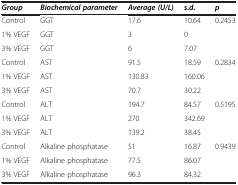
<table><thead><tr><td><b><i>Group</i></b></td><td><b><i>Biochemical parameter</i></b></td><td><b><i>Average (U/L)</i></b></td><td><b><i>s.d.</i></b></td><td><b><i>p</i></b></td></tr></thead><tbody><tr><td>Control</td><td>GGT</td><td>17.6</td><td>10.64</td><td>0.2453</td></tr><tr><td>1% VEGF</td><td>GGT</td><td>3</td><td>0</td><td> </td></tr><tr><td>3% VEGF</td><td>GGT</td><td>6</td><td>7.07</td><td> </td></tr><tr><td>Control</td><td>AST</td><td>91.5</td><td>18.59</td><td>0.2834</td></tr><tr><td>1% VEGF</td><td>AST</td><td>130.83</td><td>160.06</td><td> </td></tr><tr><td>3% VEGF</td><td>AST</td><td>70.7</td><td>30.22</td><td> </td></tr><tr><td>Control</td><td>ALT</td><td>194.7</td><td>84.57</td><td>0.5195</td></tr><tr><td>1% VEGF</td><td>ALT</td><td>270</td><td>342.69</td><td> </td></tr><tr><td>3% VEGF</td><td>ALT</td><td>139.2</td><td>38.45</td><td> </td></tr><tr><td>Control</td><td>Alkaline phosphatase</td><td>51</td><td>16.87</td><td>0.9439</td></tr><tr><td>1% VEGF</td><td>Alkaline phosphatase</td><td>77.5</td><td>86.07</td><td> </td></tr><tr><td>3% VEGF</td><td>Alkaline phosphatase</td><td>96.3</td><td>84.32</td><td> </td></tr></tbody></table>